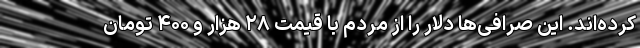
کرده‌اند. این صرافی‌ها دلار را از مردم با قیمت ۲۸ هزار و ۴۰۰ تومان